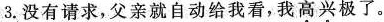
3.没有请求，父亲就自动给我看，我高兴极了。